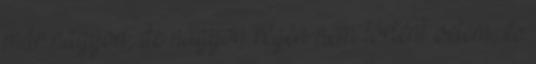
már nagyon, de nagyon régen nem történt velem, és